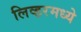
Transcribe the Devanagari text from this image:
लिव्हरमध्ये